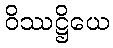
ဝိဿဋ္ဌိယေ